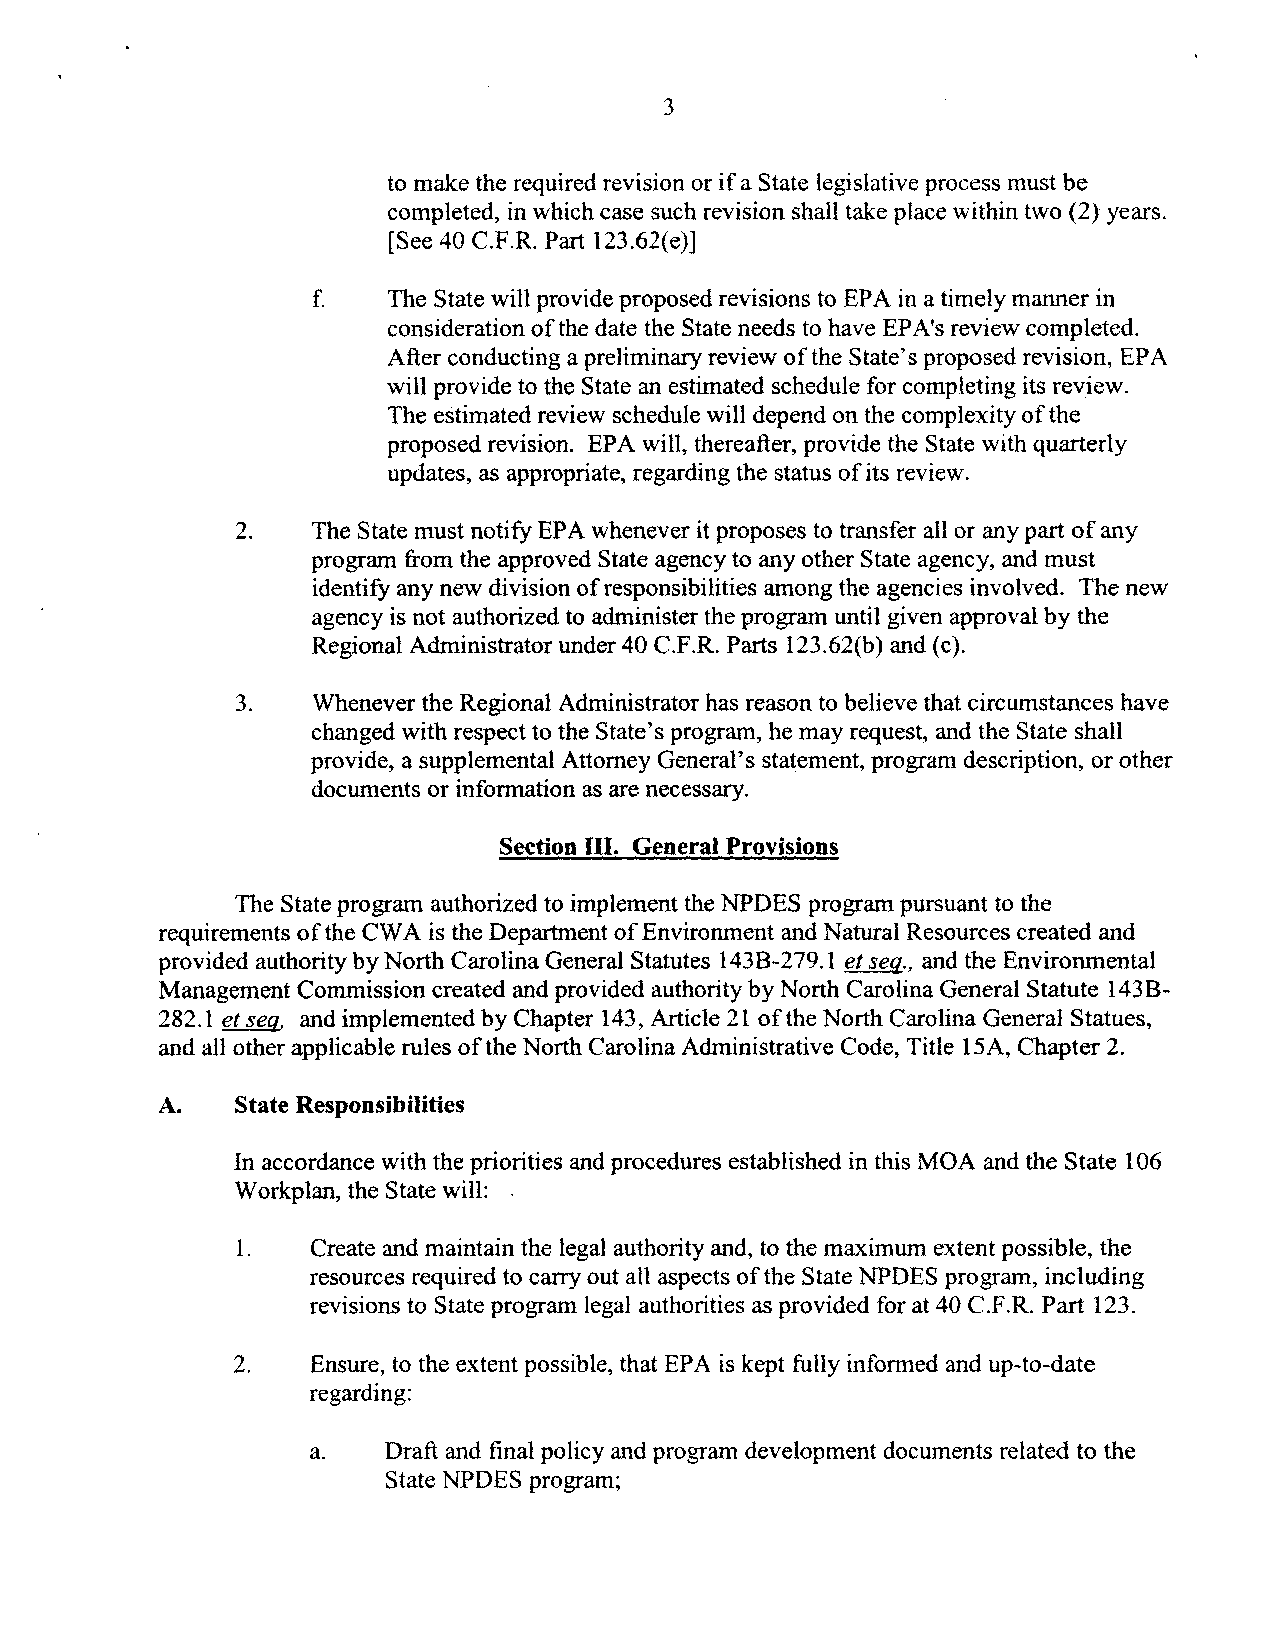
3
 to make the required revision or if a State legislative process must be
 completed, in which case such revision shall take place within two (2) years.
 [See 40 C.F.R. Part 123.62(e))
 f.   The State will provide proposed revisions to EPA in a timely manner in
 consideration of the date the State needs to have EPA's review completed.
 After conducting a preliminary review ofthe State's proposed revision, EPA
 will provide to the State an estimated schedule for completing its review.
 The estimated review schedule will depend on the complexity of the
 proposed revision. EPA will, thereafter, provide the State with quarterly
 updates, as appropriate, regarding the status ofits review.
 2.   The State must notify EPA whenever it proposes to transfer all or any part of any
 program from the approved State agency to any other State agency, and must
 identify any new division ofresponsibilities among the agencies involved. The new
 agency is not authorized to administer the program until given approval by the
 Regional Administrator under 40 C.F.R. Parts 123.62(b) and (c).
 3.   Whenever the Regional Administrator has reason to believe that circumstances have
 changed with respect to the State's program, he may request, and the State shall
 provide, a supplemental Attorney General's statement, program description, or other
 documents or information as are necessary.
 Section III. General Provisions
 The State program authorized to implement the NPDES program pursuant to the
 requirements ofthe CWA is the Department ofEnvironment and Natural Resources created and
 provided authority by North Carolina General Statutes 143B-279.1 et seq., and the Environmental
 Management Commission created and provided authority by North Carolina General Statute 143B­
 282.1 et seq. and implemented by Chapter 143, Article 21 ofthe North Carolina General Statues,
 and all other applicable rules of the North Carolina Administrative Code, Title 15A, Chapter 2.
 A.   State Responsibilities
 In accordance with the priorities and procedures established in this MOA and the State 106
 Workplan, the State will:
 I.   Create and maintain the legal authority and, to the maximum extent possible, the
 resources required to carry out all aspects of the State NPDES program, including
 revisions to State program legal authorities as provided for at 40 C.F.R. Part 123.
 2.   Ensure, to the extent possible, that EPA is kept fully informed and up-to-date
 regarding:
 a.   Draft and final policy and program development documents related to the
 State NPDES program;